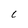
Character: C